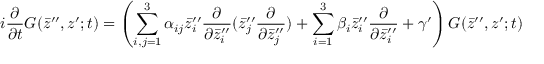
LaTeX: i \frac { \partial } { \partial t } G ( \bar { z } ^ { \prime \prime } , z ^ { \prime } ; t ) = \left( \sum _ { i , j = 1 } ^ { 3 } \alpha _ { i j } \bar { z } _ { i } ^ { \prime \prime } \frac { \partial } { \partial \bar { z } _ { i } ^ { \prime \prime } } ( \bar { z } _ { j } ^ { \prime \prime } \frac { \partial } { \partial \bar { z } _ { j } ^ { \prime \prime } } ) + \sum _ { i = 1 } ^ { 3 } \beta _ { i } \bar { z } _ { i } ^ { \prime \prime } \frac { \partial } { \partial \bar { z } _ { i } ^ { \prime \prime } } + \gamma ^ { \prime } \right) G ( \bar { z } ^ { \prime \prime } , z ^ { \prime } ; t )